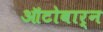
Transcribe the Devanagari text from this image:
ऑटोबार्न